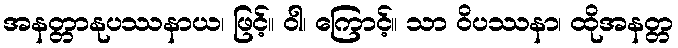
အနတ္တာနုပဿနာယ၊ ဖြင့်။ ဝါ၊ ကြောင့်။ သာ ဝိပဿနာ၊ ထိုအနတ္တ